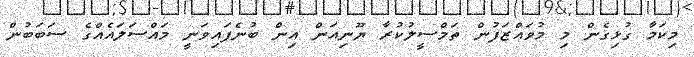
މިކަމާ ގުޅިގެން މި މުވައްޒަފުން ތަމްސީލުކުރާ ޔޫނިއަން އިން ބުނެފައިވަނީ މައްސަލައެއްގެ ސަބަބުން